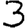
Digit: 3